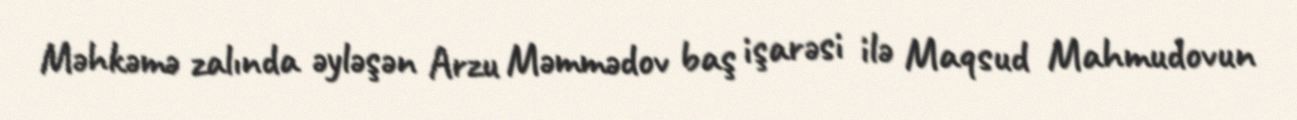
Məhkəmə zalında əyləşən Arzu Məmmədov baş işarəsi ilə Maqsud Mahmudovun